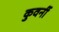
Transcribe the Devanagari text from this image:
कुवर्नी